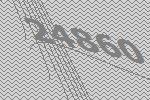
24860